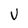
Character: V